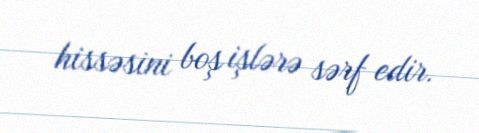
hissəsini boş işlərə sərf edir.